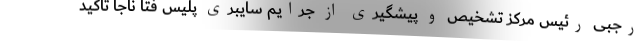
رجبی رئیس مرکز تشخیص ‌و پیشگیری از جرایم سایبری پلیس فتا ناجا تاکید